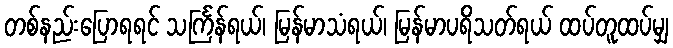
တစ်နည်းပြောရရင် သင်္ကြန်ရယ်၊ မြန်မာသံရယ်၊ မြန်မာပရိသတ်ရယ် ထပ်တူထပ်မျှ